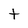
Character: t